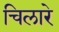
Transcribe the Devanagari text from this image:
चिलारे